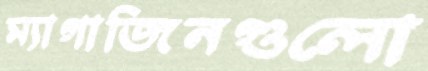
ম্যাগাজিনগুলো